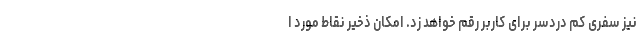
نیز سفری کم دردسر برای کاربر رقم خواهد زد. امکان ذخیر نقاط مورد ا